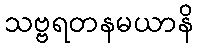
သဗ္ဗရတနမယာနိ